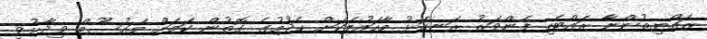
ރައްޔިތުންނާ ރައްޓެހި ފެންވަރު ރަނގަޅު މާހައުލަކަށް ހެދުމުގެ ގޮތުން ކަމަށް މައުސޫމް ވިދާޅުވި